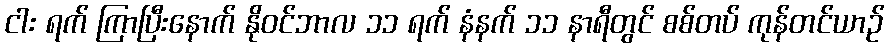
ငါး ရက် ကြာပြီးနောက် နိုဝင်ဘာလ ၁၁ ရက် နံနက် ၁၁ နာရီတွင် စစ်တပ် ကုန်တင်ယာဉ်